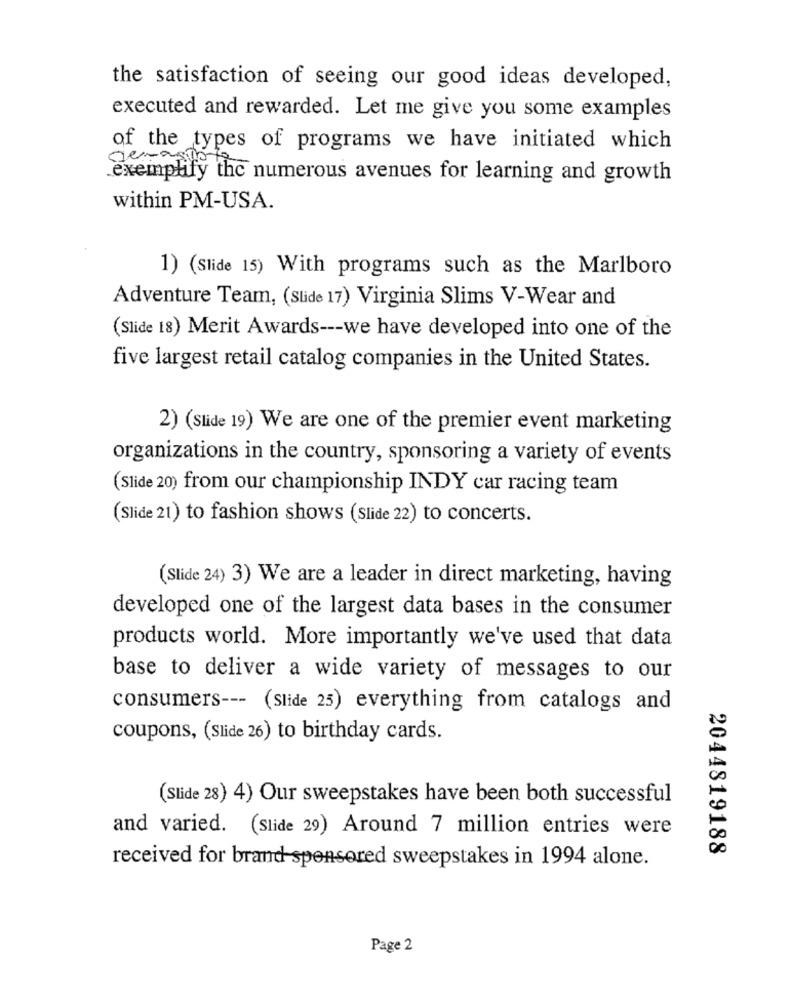
the satisfaction of seeing our good ideas developed,
executed and rewarded. Let me give you some examples
of the types of programs we have initiated which
exemplify the numerous avenues for learning and growth
within PM-USA.
1) (Slide 15) With programs such as the Marlboro
Adventure Team, (Slide 17) Virginia Slims V-Wear and
(Slide 18) Merit Awards --- we have developed into one of the
five largest retail catalog companies in the United States.
2) (Slide 19) We are one of the premier event marketing
organizations in the country, sponsoring a variety of events
(Slide 20) from our championship INDY car racing team
(Slide 21) to fashion shows (Slide 22) to concerts.
(Slide 24) 3) We are a leader in direct marketing, having
developed one of the largest data bases in the consumer
products world. More importantly we've used that data
base to deliver a wide variety of messages to our
consumers --- (Slide 25) everything from catalogs and
coupons, (Slide 26) to birthday cards.
(Slide 28) 4) Our sweepstakes have been both successful
and varied. (Slide 29) Around 7 million entries were
2044819188
received for brand-sponsored sweepstakes in 1994 alone.
Page 2